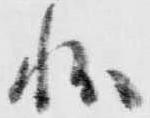
状